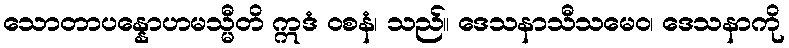
သောတာပန္နောဟမသ္မီတိ ဣဒံ ဝစနံ၊ သည်။ ဒေသနာသီသမေဝ၊ ဒေသနာကို